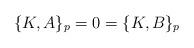
LaTeX: \begin{align*}\{K,A\}_p =0 = \{K,B\}_p\end{align*}